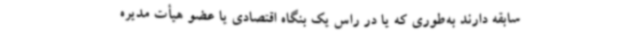
سابقه دارند به‌طوری که یا در راس یک بنگاه اقتصادی یا عضو هیأت مدیره